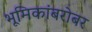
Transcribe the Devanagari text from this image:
भूमिकांबरोबर